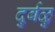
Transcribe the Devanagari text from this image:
दुर्बळु